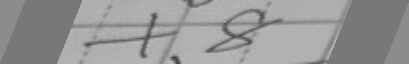
+ . 8